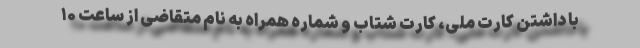
با داشتن کارت ملی، کارت شتاب و شماره همراه به نام متقاضی از ساعت ۱۰